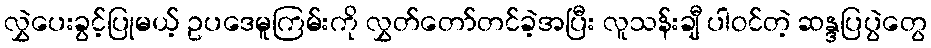
လွှဲပေးခွင့်ပြုမယ့် ဥပဒေမူကြမ်းကို လွှတ်တော်တင်ခဲ့အပြီး လူသန်းချီ ပါဝင်တဲ့ ဆန္ဒပြပွဲတွေ